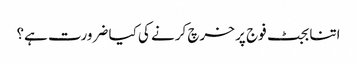
اتنا بجٹ فوج پر خرچ کرنے کی کیا ضرورت ہے؟